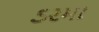
ડરમા